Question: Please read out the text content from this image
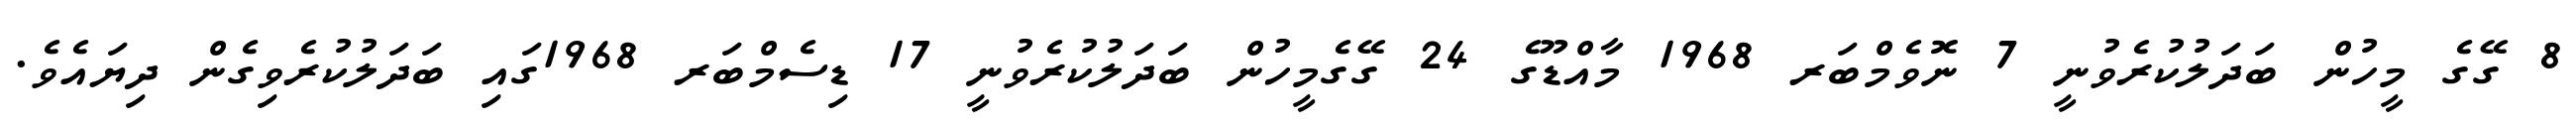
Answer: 8 ގޭގެ މީހުން ބަދަލުކުރެވުނީ 7 ނޮވެމްބަރ 1968 މާއްޑޫގެ 24 ގޭގެމީހުން ބަދަލުކުރެވުނީ 17 ޑިސެމްބަރ 1968ގައި ބަދަލުކުރެވިގެން ދިޔައެވެ.